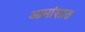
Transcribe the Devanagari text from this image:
आमांशात